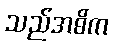
သည်အဓိက